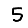
Digit: 5